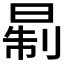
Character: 𪰮